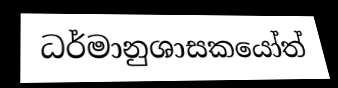
ධර්මානුශාසකයෝත්